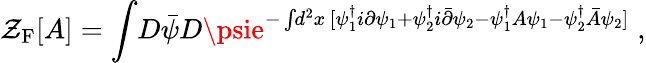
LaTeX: \mathcal{Z}_{\mathrm{{F}}}[A]=\int\! D{\bar{{\psi}}}D\psie^{-\int\! d^{2}x\, [\psi_{1}^{\dagger}i\partial\psi_{1}+\psi_{2}^{\dagger}i{\bar{{\partial}}}\psi_{2}-\psi_{1}^{\dagger}A\psi_{1}-\psi_{2}^{\dagger}{\bar{{A}}}\psi_{2}]}\; ,